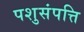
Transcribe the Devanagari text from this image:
पशुसंपत्ति